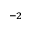
^ { - 2 }